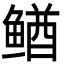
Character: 䲡